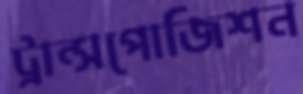
ট্রান্সপোজিশন